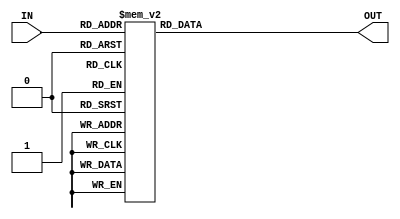
module dec_7seg(IN, OUT);
	input [3:0] IN;
	output [6:0] OUT;

	function [6:0] dec;
		input [3:0] data;
		case (data)
			4'h0: dec = 7'b1000000;
			4'h1: dec = 7'b1111001;
			4'h2: dec = 7'b0100100;
			4'h3: dec = 7'b0110000;
			4'h4: dec = 7'b0011001;
			4'h5: dec = 7'b0010010;
			4'h6: dec = 7'b0000010;
			4'h7: dec = 7'b1011000;
			4'h8: dec = 7'b0000000;
			4'h9: dec = 7'b0010000;
			4'ha: dec = 7'b0001000;
			4'hb: dec = 7'b0000011;
			4'hc: dec = 7'b1000110;
			4'hd: dec = 7'b0100001;
			4'he: dec = 7'b0000110;
			4'hf: dec = 7'b0001110;
			default: dec = 7'b1111111;
		endcase
	endfunction

	assign OUT = dec(IN);
endmodule